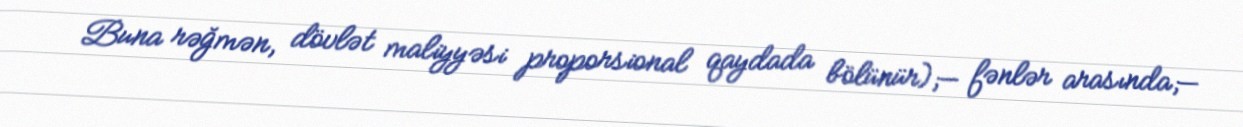
Buna rəğmən, dövlət maliyyəsi proporsional qaydada bölünür);— fənlər arasında;—